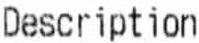
DESCRIPTION